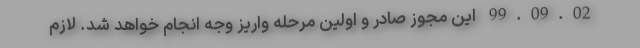
99.09.02 این مجوز صادر و اولین مرحله واریز وجه انجام خواهد شد. لازم